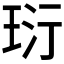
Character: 𤤾